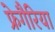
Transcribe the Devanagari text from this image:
फ्रेगैरिया